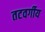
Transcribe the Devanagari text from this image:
तटवर्गीय